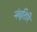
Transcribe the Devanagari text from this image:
नंबूतिरि